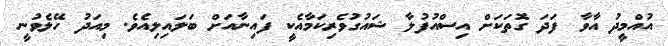
އުއްމީދު އާވާ ފަދަ ގޮތަކަށް އިސްއުފުލާ ޝައުގުވެރިކަމާއެކީ ފައިނާއަށް ބަލައިލިއެވެ. މިއަދު ހޭލެވުނީ